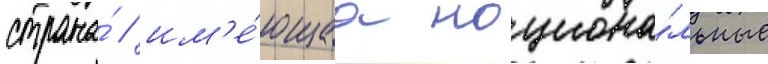
страна́ / им'е́ющаа национа́льные